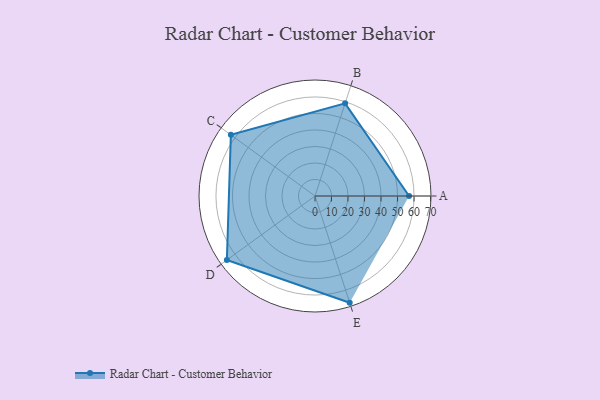
{"axis": {"x": "Skill", "y": "Score"}, "legend": ["Profile"], "data": [{"x": "A", "y": 57.0, "type": "Profile"}, {"x": "B", "y": 59.0, "type": "Profile"}, {"x": "C", "y": 63.0, "type": "Profile"}, {"x": "D", "y": 66.0, "type": "Profile"}, {"x": "E", "y": 68.0, "type": "Profile"}]}